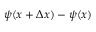
\psi ( x + \Delta x ) - \psi ( x )